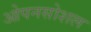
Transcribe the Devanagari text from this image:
ओपनसोशल